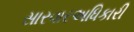
સારવારઅધિકારી